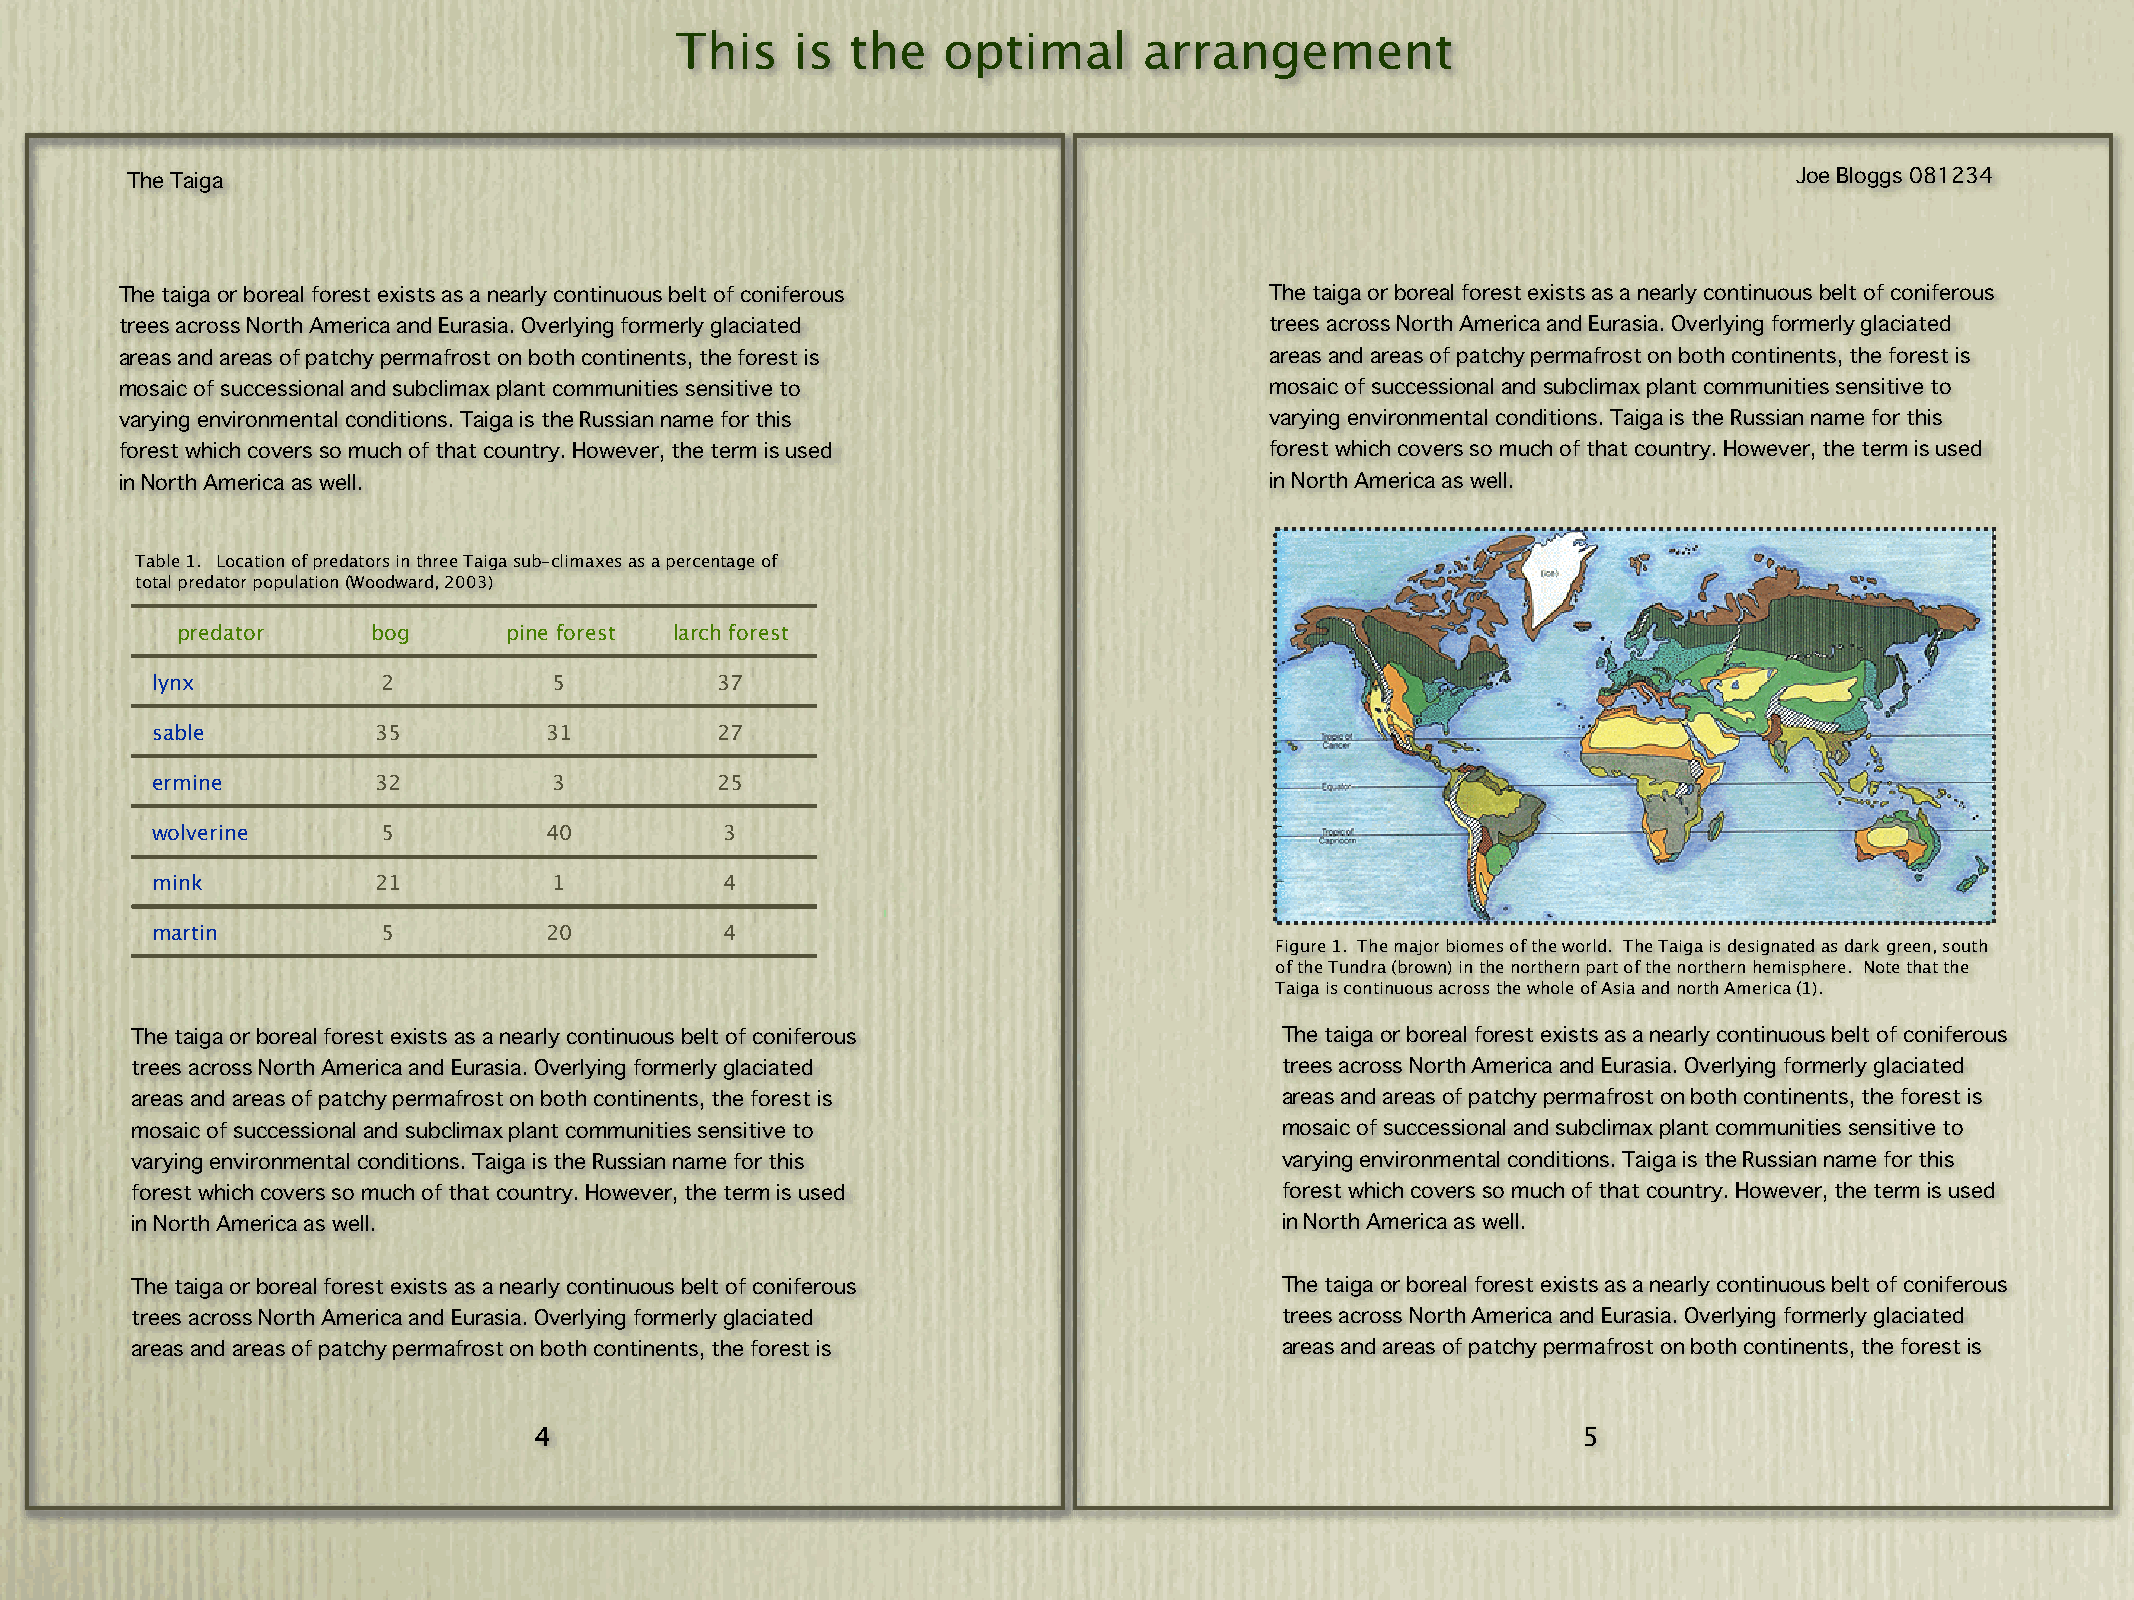
This    is the   optimal       arrangement
 The Taiga                                                                                                      Joe Bloggs 081234
 The taiga or boreal forest exists as a nearly continuous belt of coniferous The taiga or boreal forest exists as a nearly continuous belt of coniferous
 trees across North America and Eurasia. Overlying formerly glaciated        trees across North America and Eurasia. Overlying formerly glaciated
 areas and areas of patchy permafrost on both continents, the forest is      areas and areas of patchy permafrost on both continents, the forest is
 mosaic of successional and subclimax plant communities sensitive to         mosaic of successional and subclimax plant communities sensitive to
 varying environmental conditions. Taiga is the Russian name for this        varying environmental conditions. Taiga is the Russian name for this
 forest which covers so much of that country. However, the term is used      forest which covers so much of that country. However, the term is used
 in North America as well.                                                   in North America as well.
 Table 1. Location of predators in three Taiga sub-climaxes as a percentage of
 total predator population (Woodward, 2003)
 predator     bog      pine forest larch forest
 lynx           2           5         37
 sable          35         31         27
 ermine         32          3         25
 wolverine      5          40          3
 mink           21          1          4
 martin         5          20          4
 Figure 1. The major biomes of the world. The Taiga is designated as dark green, south
 of the Tundra (brown) in the northern part of the northern hemisphere. Note that the
 Taiga is continuous across the whole of Asia and north America (1).
 The taiga or boreal forest exists as a nearly continuous belt of coniferous The taiga or boreal forest exists as a nearly continuous belt of coniferous
 trees across North America and Eurasia. Overlying formerly glaciated        trees across North America and Eurasia. Overlying formerly glaciated
 areas and areas of patchy permafrost on both continents, the forest is      areas and areas of patchy permafrost on both continents, the forest is
 mosaic of successional and subclimax plant communities sensitive to         mosaic of successional and subclimax plant communities sensitive to
 varying environmental conditions. Taiga is the Russian name for this        varying environmental conditions. Taiga is the Russian name for this
 forest which covers so much of that country. However, the term is used      forest which covers so much of that country. However, the term is used
 in North America as well.                                                   in North America as well.
 The taiga or boreal forest exists as a nearly continuous belt of coniferous The taiga or boreal forest exists as a nearly continuous belt of coniferous
 trees across North America and Eurasia. Overlying formerly glaciated        trees across North America and Eurasia. Overlying formerly glaciated
 areas and areas of patchy permafrost on both continents, the forest is      areas and areas of patchy permafrost on both continents, the forest is
 4                                                                     5